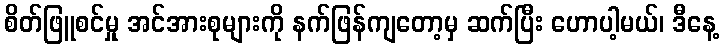
စိတ်ဖြူစင်မှု အင်အားစုများကို နက်ဖြန်ကျတော့မှ ဆက်ပြီး ဟောပါ့မယ်၊ ဒီနေ့